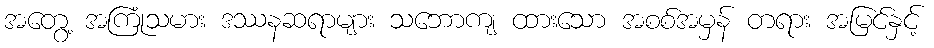
အတွေ့ အကြုံသမား ဒဿနဆရာများ သဘောကျ ထားသော အစစ်အမှန် တရား အမြင်နှင့်